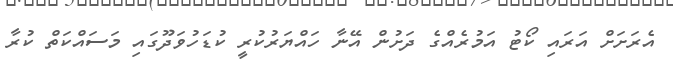
އެރަށަށް އަރައި ކޯޓު އަމުރެއްގެ ދަށުން އޭނާ ހައްޔަރުކުރީ ކުޑަހުވަދޫގައި މަސައްކަތް ކުރާ